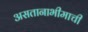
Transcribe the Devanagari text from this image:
असतानाभीमाची